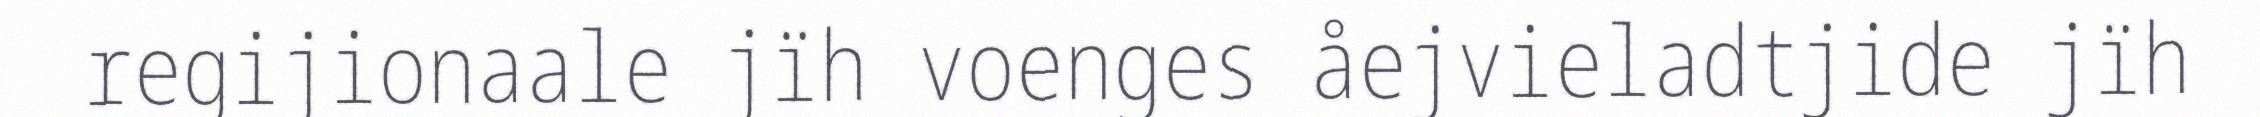
regijionaale jïh voenges åejvieladtjide jïh